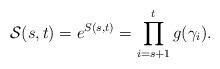
LaTeX: \begin{align*}\mathcal{S}(s,t)=e^{S(s,t)}=\prod\limits_{i=s+1}^{t}g(\gamma_i).\end{align*}